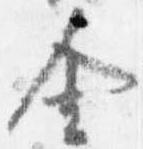
舎